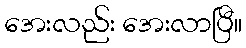
အေးလည်း အေးလာပြီ။